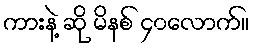
ကားနဲ့ ဆို မိနစ် ၄၀လောက်။